Annual administration report of the Civil Veterinary Department of India - 1896-1897
Year: 1896
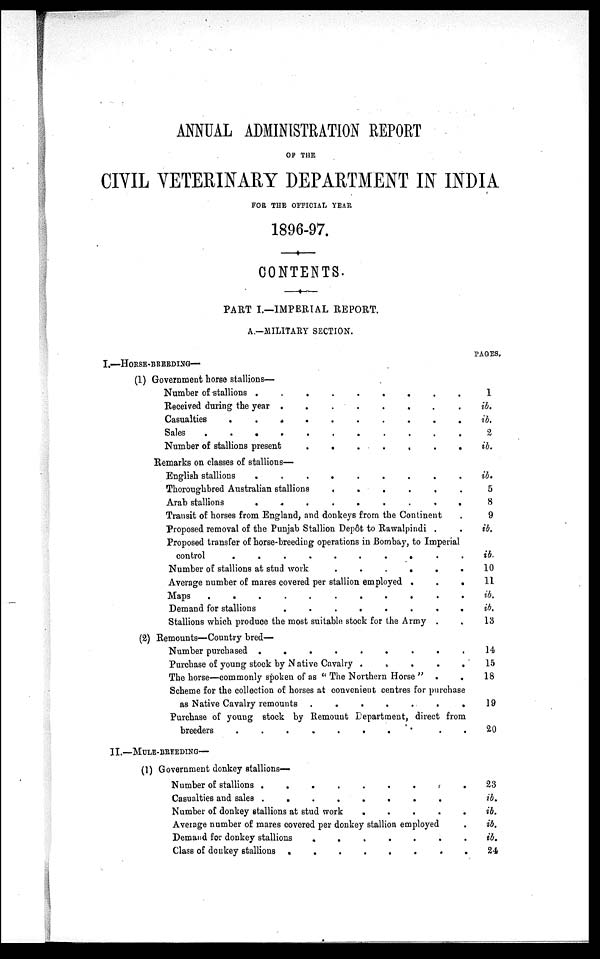
ANNUAL ADMINISTRATION REPORT
OF THE
CIVIL VETERINARY DEPARTMENT IN INDIA
FOR THE OFFICIAL YEAR
1896-97.
CONTENTS.
PART I.—IMPERIAL REPORT.
A.—MILITARY SECTION.
I.—HORSE-BREEDING—
(1) Government horse stallions—
Number of stallions .
.
.
.
.
.
.
.
.
Received during the year .
.
.
.
.
.
.
.
Casualties
.
.
. .
.
.
.
.
.
.
.
Sales
.
.
.
.
.
.
.
.
.
.
.
Number of stallions present . . . . . . . . . . .
Remarks on classes of stallions-
English stallions
.
.
.
.
.
.
.
.
.
.
.
Thoroughbred Australian stallions
........
Arab stallions
........
Transit of horses from England, and donkeys from the Continent .
Proposed removal of the Punjab Stallion Depot to Rawalpindi . .
Proposed transfer of horse-breeding operations in Bombay, to Imperial
control
........
Number of stallions at stud work
........
Average number of mares covered per stallion employed
........
Maps
.
.
.
.
.
.
.
.
Demand for stallions
.
.
.
.
.
.
.
.
Stallions which produce the most suitable stock for the Army . .
(2) Remounts—Country bred—
Number purchased
.
.
.
.
.
.
.
.
Purchase of young stock by Native Cavalry . . . . . . . .
The horse—commonly spoken of as "The Northern Horse"
Scheme for the collection of horses at convenient centres for purchase
as Native Cavalry remounts
.
.
.
.
.
.
.
.
Purchase of young stock by Remount Department, direct from
breeders
.
.
.
.
.
.
.
.
II.—MULE-BEEEDING—
(1) Government donkey stallions-
Number of stallions
.
.
.
.
.
.
.
.
Casualties and sales
.
.
.
.
.
.
.
.
Number of donkey stallions at stud work . . . . . . . .
Average number of mares covered per donkey stallion employed
Demand for donkey stallions
.
.
.
.
.
.
.
.
Class of donkey stallions
.
.
.
.
.
.
.
.
PAGES.
1
ib.
ib.
2
ib.
ib.
5
8
9
ib.
ib.
10
11
ib.
ib.
13
14.
15
18
19
20
23
ib.
ib.
ib.
ib.
24